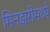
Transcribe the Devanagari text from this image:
मिनझरीमध्ये